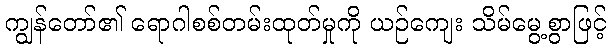
ကျွန်တော်၏ ရောဂါစစ်တမ်းထုတ်မှုကို ယဉ်ကျေး သိမ်မွေ့စွာဖြင့်